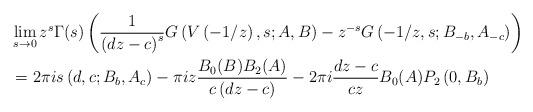
LaTeX: \begin{align*}& \lim_{s\rightarrow0}z^{s}\Gamma(s)\left( \frac{1}{\left( dz-c\right)^{s}}G\left( V\left( -1/z\right) ,s;A,B\right) -z^{-s}G\left(-1/z,s;B_{-b},A_{-c}\right) \right) \\& =2\pi is\left( d,c;B_{b},A_{c}\right) -\pi iz\frac{B_{0}(B)B_{2}(A)}{c\left( dz-c\right) }-2\pi i\frac{dz-c}{cz}B_{0}(A)P_{2}\left(0,B_{b}\right) \end{align*}